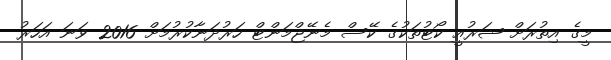
މީގެ އިތުރަށް ޝަރުއީ ކޯޓުތަކުގެ ކޭސް މެނޭޖްމަންޓް ހަރުދަނާކުރުމަށް 2016 ވަނަ އަހަރު